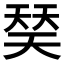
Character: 𰋩